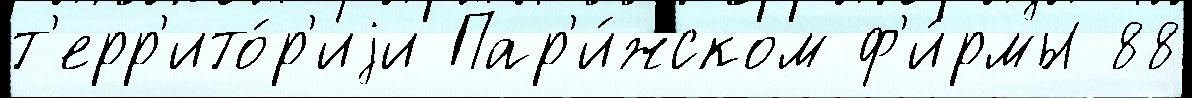
т'ерр'ито́р'иjи Пар'и́жском ф'и́рмы 88